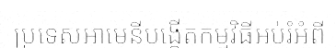
ប្រទេសអាមេនីបង្កើតកម្មវិធីអប់រំអំពី